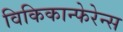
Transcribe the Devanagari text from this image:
विकिकान्फेरेन्स